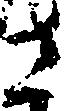
さ